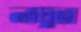
লঘুতা